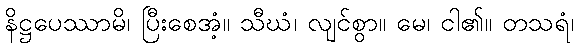
နိဋ္ဌပေဿာမိ၊ ပြီးစေအံ့။ သီဃံ၊ လျင်စွာ။ မေ၊ ငါ၏။ တသရံ၊